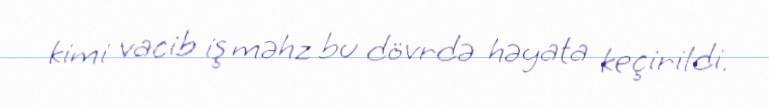
kimi vacib iş məhz bu dövrdə həyata keçirildi.